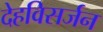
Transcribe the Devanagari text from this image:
देहविसर्जन